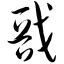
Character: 戬